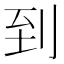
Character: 到